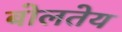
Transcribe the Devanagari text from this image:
बोलतेय